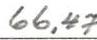
66,47